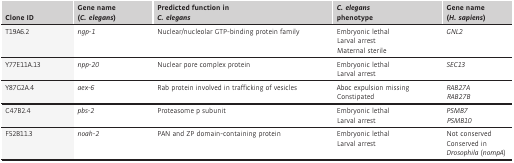
<table><thead><tr><td><b>Clone ID</b></td><td><b>Gene name (<i>C. elegans</i>)</b></td><td><b>Predicted function in <i>C. elegans</i></b></td><td><b><i>C. elegans</i> phenotype</b></td><td><b>Gene name (<i>H. sapiens</i>)</b></td></tr></thead><tbody><tr><td>T19A6.2</td><td><i>ngp-1</i></td><td>Nuclear/nucleolar GTP-binding protein family</td><td>Embryonic lethal Larval arrest Maternal sterile</td><td><i>GNL2</i></td></tr><tr><td>Y77E11A.13</td><td><i>npp-20</i></td><td>Nuclear pore complex protein</td><td>Embryonic lethal Larval arrest</td><td><i>SEC13</i></td></tr><tr><td>Y87G2A.4</td><td><i>aex-6</i></td><td>Rab protein involved in trafficking of vesicles</td><td>Aboc expulsion missing Constipated</td><td><i>RAB27A</i><i>RAB27B</i></td></tr><tr><td>C47B2.4</td><td><i>pbs-2</i></td><td>Proteasome p subunit</td><td>Embryonic lethal Larval arrest</td><td><i>PSMB7</i><i>PSMB10</i></td></tr><tr><td>F52B11.3</td><td><i>noah-2</i></td><td>PAN and ZP domain-containing protein</td><td>Embryonic lethal Larval arrest</td><td>Not conserved Conserved in <i>Drosophila</i> (<i>nompA</i>)</td></tr></tbody></table>